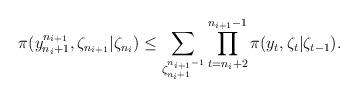
LaTeX: \begin{align*}\pi(y_{n_i+1}^{n_{i+1}},\zeta_{n_{i+1}}|\zeta_{n_i})\le\sum_{\zeta_{n_i+1}^{n_{i+1}-1}}\prod_{t=n_i+2}^{n_{i+1}-1}\pi(y_t,\zeta_t|\zeta_{t-1}).\end{align*}